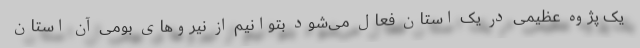
یک پژوه عظیمی در یک استان فعال می‌شود بتوانیم از نیروهای بومی آن استان